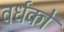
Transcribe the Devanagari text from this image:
वर्धकों